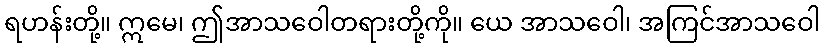
ရဟန်းတို့။ ဣမေ၊ ဤအာသဝေါတရားတို့ကို။ ယေ အာသဝေါ၊ အကြင်အာသဝေါ